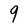
Character: 9